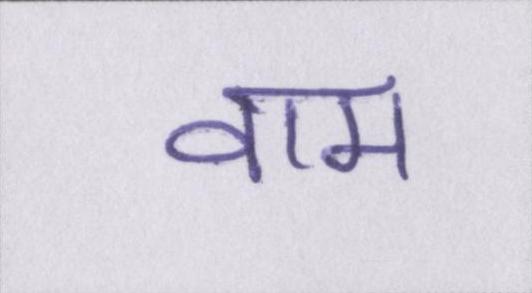
वाम